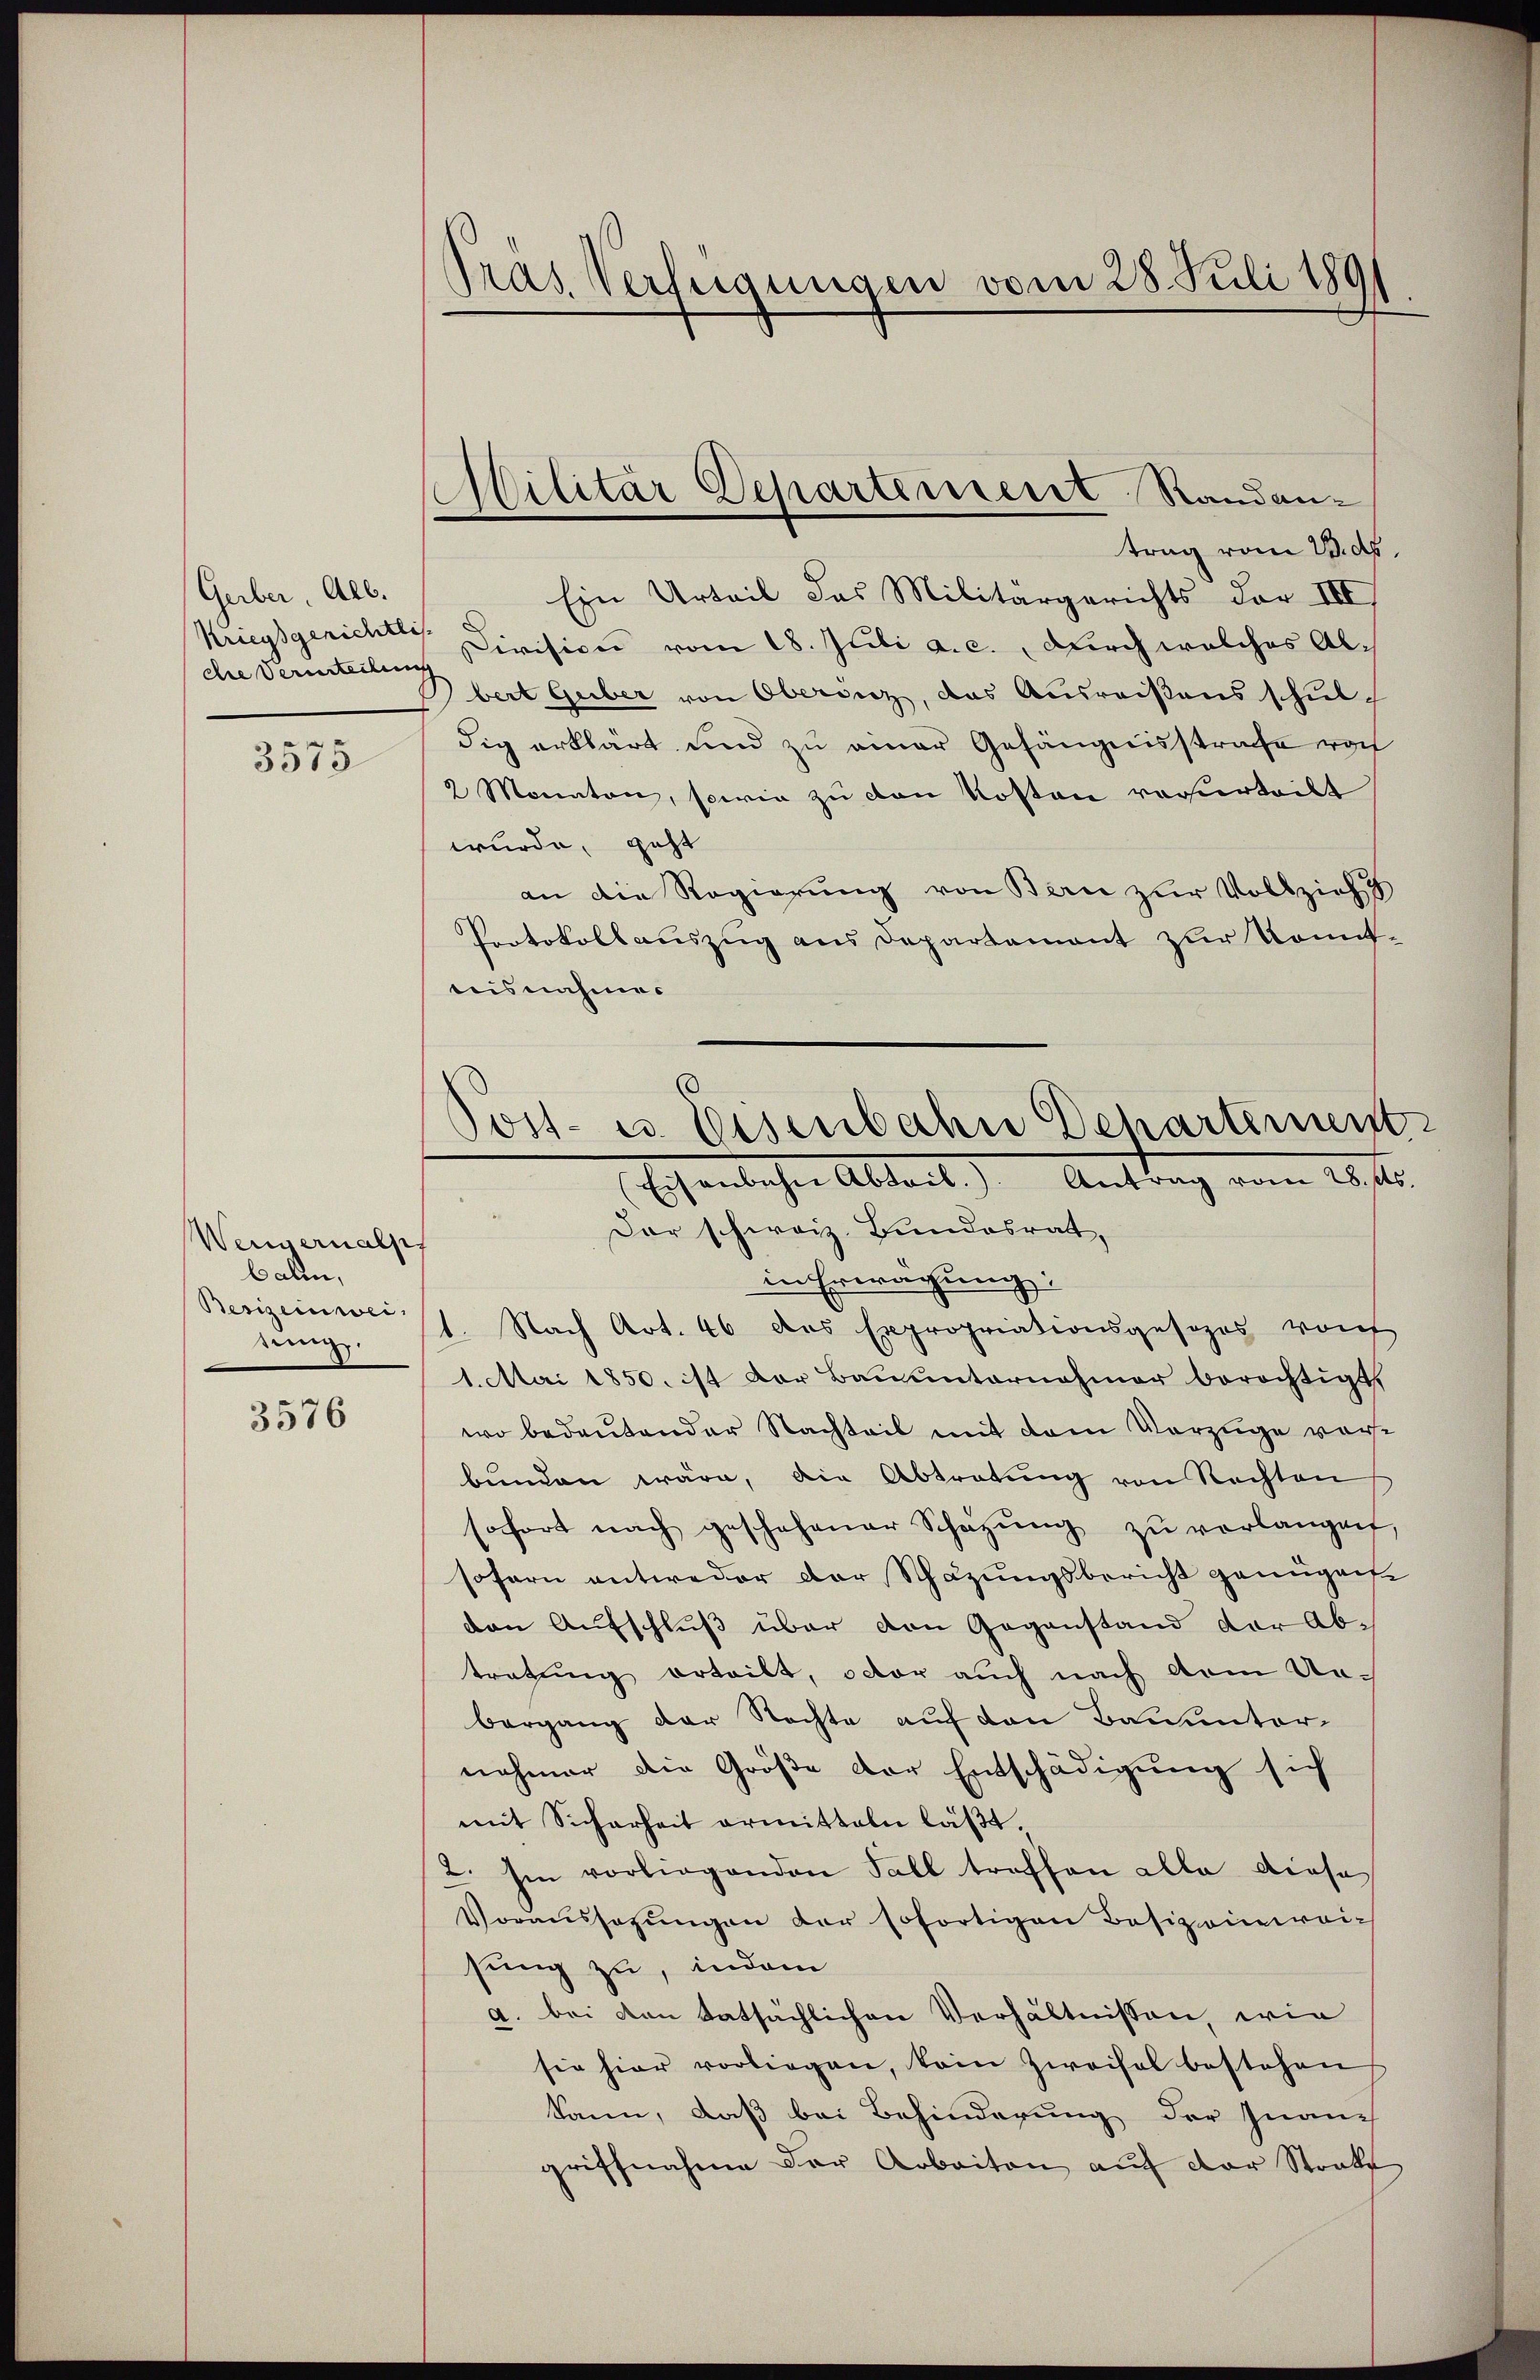
Gerber, Alb.
Kriegsgerichtli
che Verurteilen

3575

Weiernalp
balen,
Besizeinweitung.

3576

ras Verfügungen vom 28. Juli 1891

Militär Departerreist Randan¬

trag vom 23. ds.
Ein Urteil das Militärgerichts der III)
Division vom 18. Juli a. c., durch welches Albert Guber von Oberenz, das Ausreißens schuldig erklärt und zu einer Gefängnisstrafe von
2 Monaten, sowie zu den Kosten verurteilt
wurde, geht
an die Regierung von Bern zur Vollzieh
Protokollauszug aus Departement zur Komitteisnahme.
Der schweiz. Bundesrat,
in Erwägung:
1. Nach Art. 46 des Expropriationsgesezes von
1. Mai 1850. ist der Bauunternahmer berichtigt,
wo bedeutender Nachteil mit dem Vorzüge vorbunden wäre, die Abtretung von Rechten
sofort nach geschehener Schatzŭng zŭ verlangen,
sofern antweder der Schazungsbericht genügen
den Aufschluß über den Gegenstand der Abtretung erteilt, oder auch nach dem Unbergang der Nachte auf den Bauunternehmer die Größe der Entschädigung sich
mit Sicherheit ermitteln läßt.
2. Im vorliegenden Fall troffen alle diese
Voraussagŭngen der sofortigen Besizeinweisung zu, indem
a. bei den tatsächlichen Verhältnissen, wie
sie hier vorliegen, kein Zweifel bestehen
kann, daß bei Behinderung der Inanz
griffnahme der Arbeiten auf der Stral

.
Post- u. Eisenbahn Departement
(Eisenbahn Abtail.). Antrag vom 28. Mts.